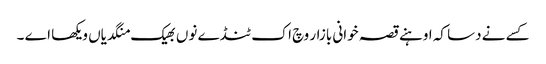
کسے نے دسا کہ اوہنے قصہ خوانی بازار وچ اک ٹنڈے نوں بھیک منگدیاں ویکھا اے ۔